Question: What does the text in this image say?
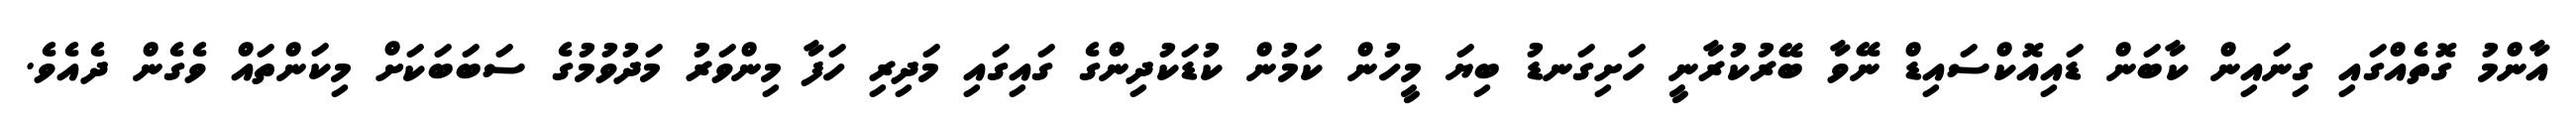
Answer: އާންމު ގޮތެއްގައި ގިނައިން ކާބަން ޑައިއޮކްސައިޑް ނޭވާ ބޭރުކުރާނީ ހަށިގަނޑު ބިޔަ މީހުން ކަމުން ކުޑަކުދިންގެ ގައިގައި މަދިރި ހަފާ މިންވަރު މަދުވުމުގެ ސަބަބަކަށް މިކަންތައް ވެގެން ދެއެވެ.